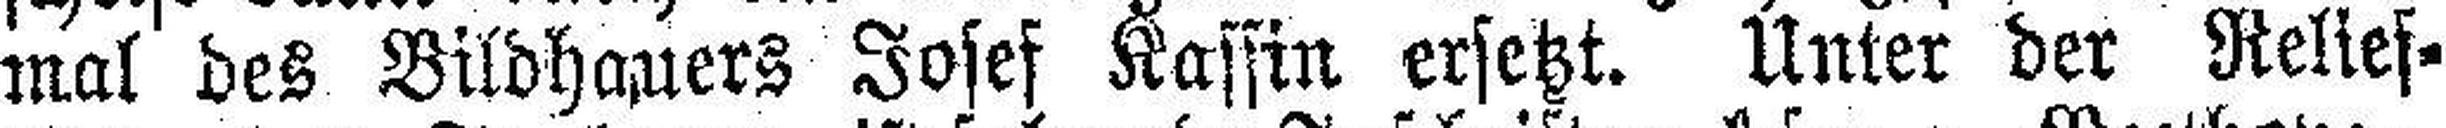
mal des Bildhauers Josef Kassin ersetzt. Unter der Relief¬